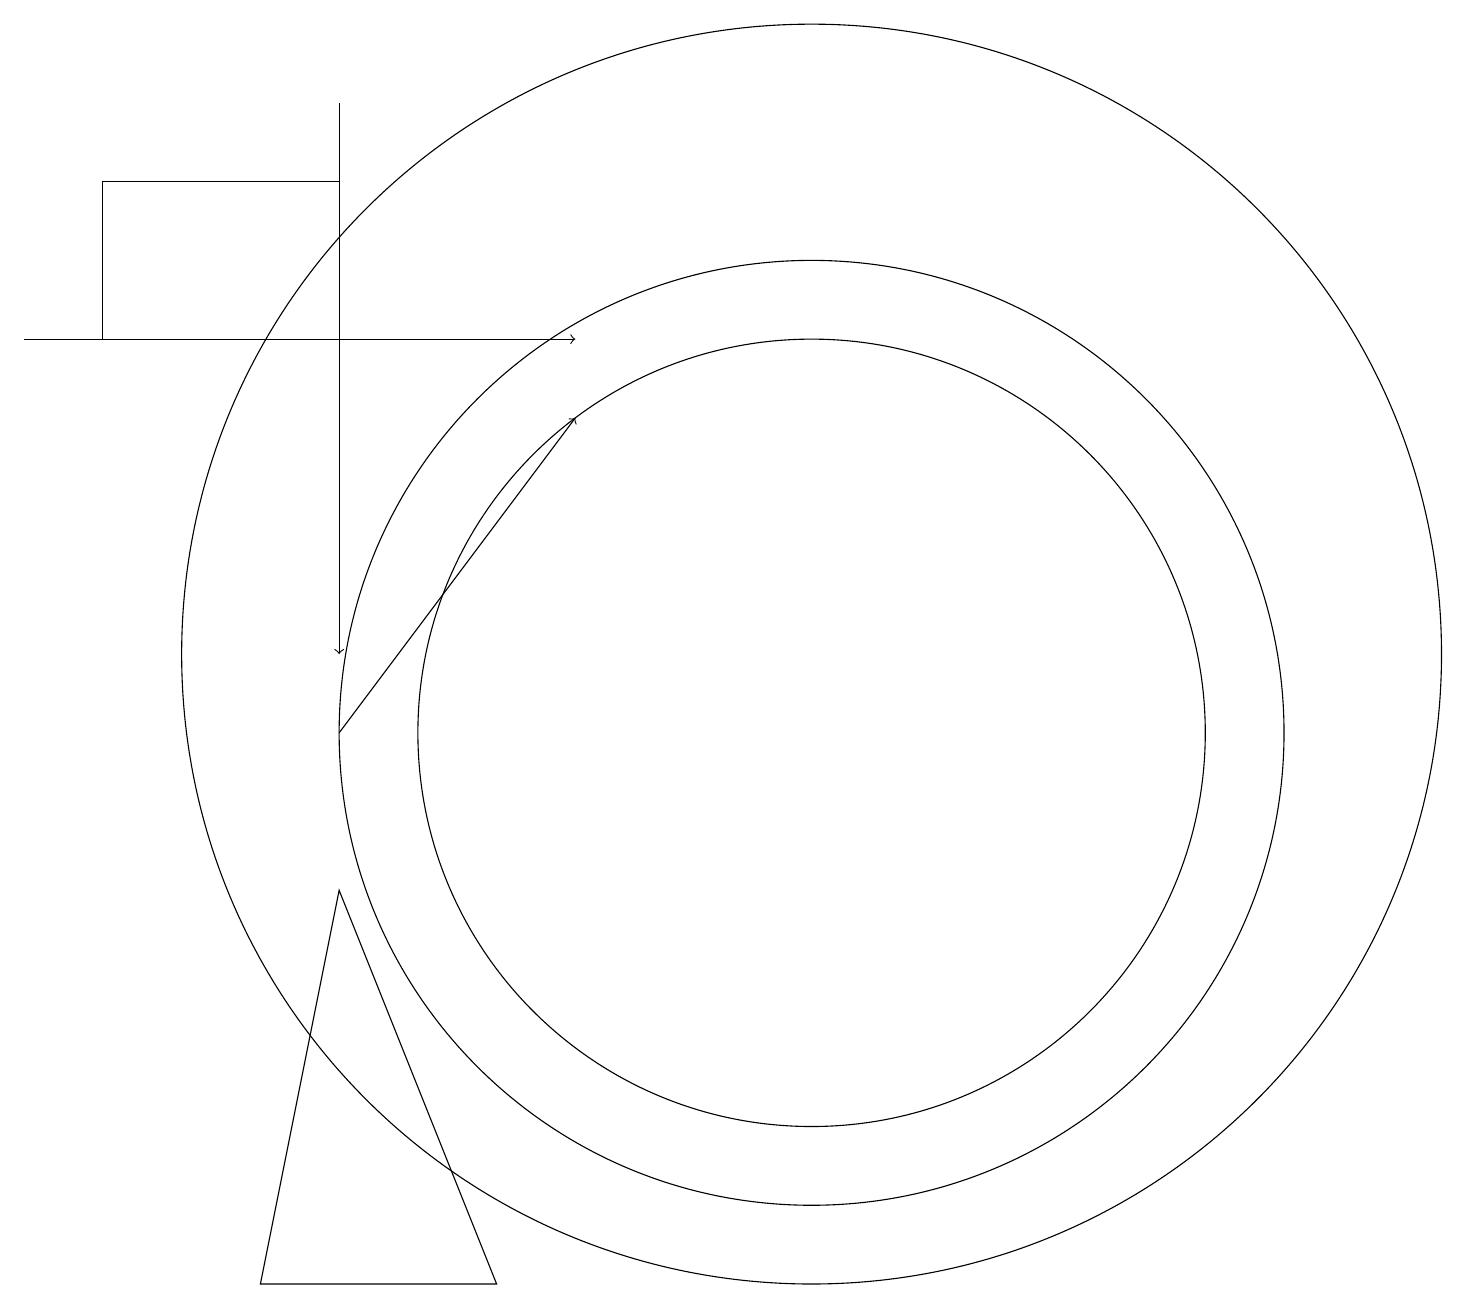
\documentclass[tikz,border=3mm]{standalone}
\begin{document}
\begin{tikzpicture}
\draw (10,11) circle (6);
\draw (10,12) circle (8);
\draw[->] (4,11) -- (7,15);
\draw[->] (4,19) -- (4,12);
\draw (4,18) rectangle (1,16);
\draw (10,11) circle (5);
\draw (4,9) -- (6,4) -- (3,4) -- cycle;
\draw[->] (0,16) -- (7,16);
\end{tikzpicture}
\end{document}